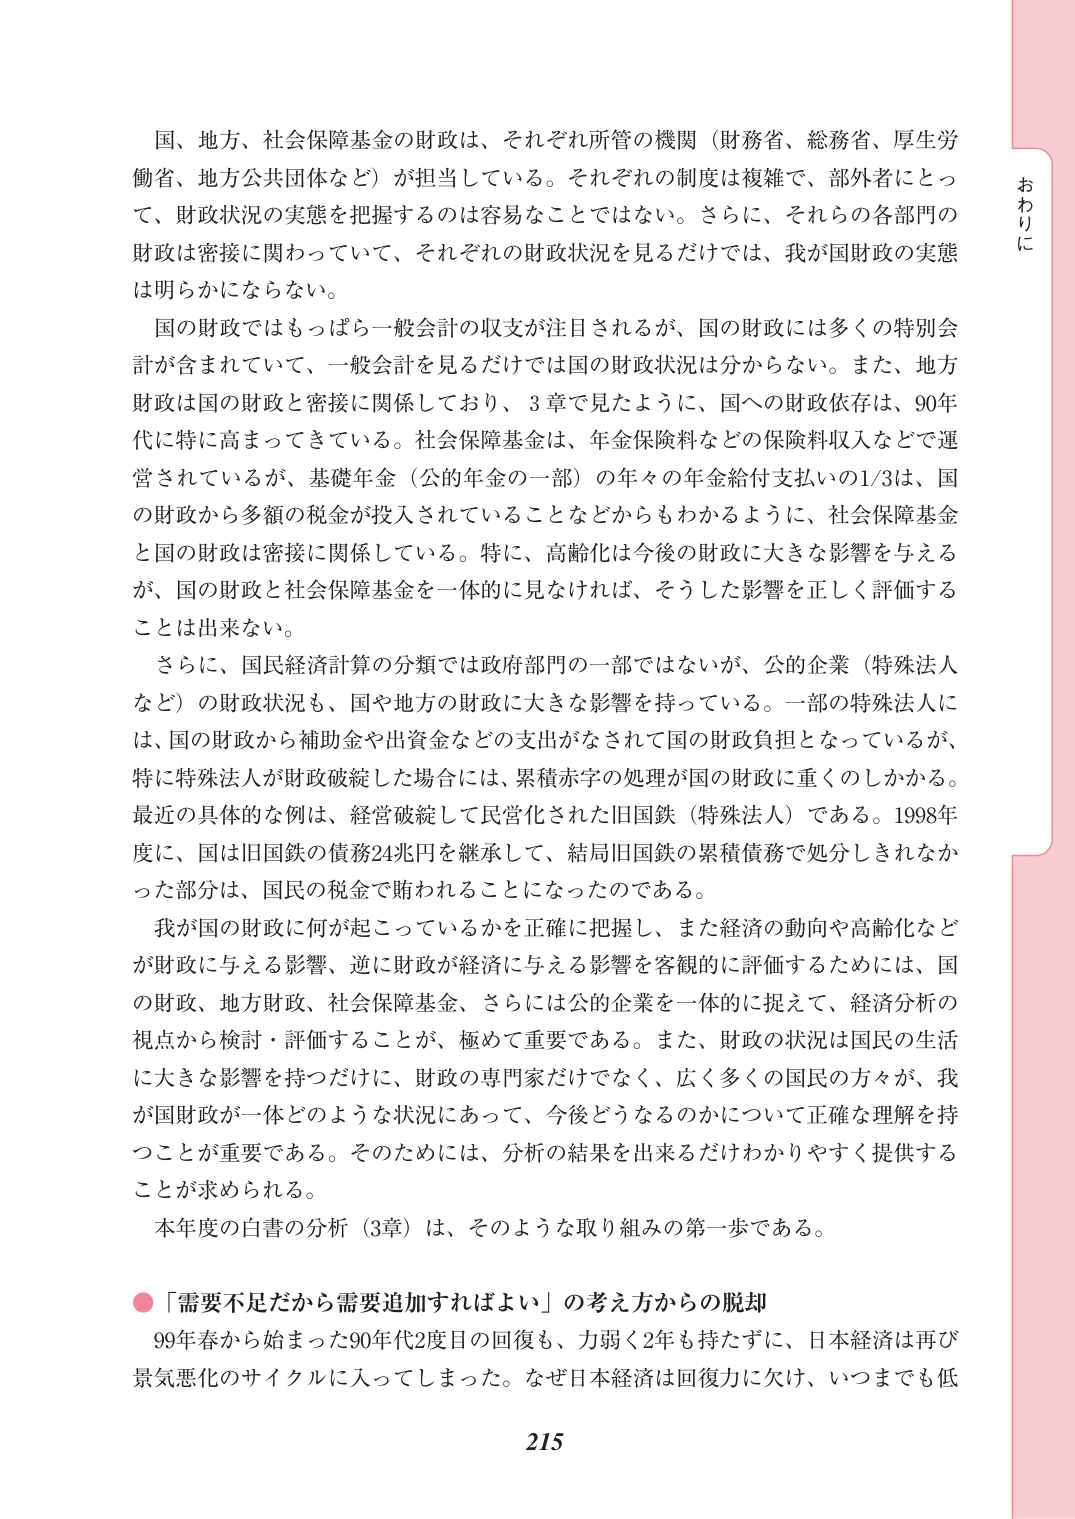
国、地方、社会保障基金の財政は、それぞれ所管の機関（財務省、総務省、厚生労働省、地方公共団体など）が担当している。それぞれの制度は複雑で、部外者にとって、財政状況の実態を把握するのは容易なことではない。さらに、それらの各部門の財政は密接に関わっていて、それぞれの財政状況を見るだけでは、我が国財政の実態は明らかにならない。

国の財政ではもっぱら一般会計の収支が注目されるが、国の財政には多くの特別会計が含まれていて、一般会計を見るだけでは国の財政状況は分からない。また、地方財政は国の財政と密接に関係しており、3章で見たように、国への財政依存は、90年代に特に高まってきている。社会保障基金は、年金保険料などの保険料収入などで運営されているが、基礎年金（公的年金の一部）の年々の年金給付支払の1/3は、国の財政から多額の税金が投入されていることなどからもわかるように、社会保障基金と国の財政は密接に関係している。特に、高齢化は今後の財政に大きな影響を与えるが、国の財政と社会保障基金を一体的に見なければ、そうした影響を正しく評価することは出来ない。

さらに、国民経済計算の分類では政府部門の一部ではないが、公的企業（特殊法人など）の財政状況も、国や地方の財政に大きな影響を持っている。一部の特殊法人には、国の財政から補助金や出資金などの支出がなされて国の財政負担となっているが、特に特殊法人が財政破綻した場合には、累積赤字の処理が国の財政に重くのしかかる。最近の具体的な例は、経営破綻して民営化された旧国鉄（特殊法人）である。1998年度に、国は旧国鉄の債務24兆円を継承して、結局旧国鉄の累積債務で処分しきれなかった部分は、国民の税金で賄われることになったのである。

我が国の財政に何が起こっているかを正確に把握し、また経済の動向や高齢化などが財政に与える影響、逆に財政が経済に与える影響を客観的に評価するためには、国の財政、地方財政、社会保障基金、さらには公的企業を一体的に捉えて、経済分析の視点から検討・評価することが、極めて重要である。また、財政の状況は国民の生活に大きな影響を持つだけに、財政の専門家だけでなく、広く多くの国民の方々が、我が国財政が一体どのような状況にあって、今後どうなるのかについて正確な理解を持つことが重要である。そのためには、分析の結果を出来るだけわかりやすく提供することが求められる。

本年度の白書の分析（3章）は、そのような取り組みの第一歩である。

●「需要不足だから需要追加すればよい」の考え方からの脱却

99年春から始まった90年代2度目の回復も、力弱く2年も持たずに、日本経済は再び景気悪化のサイクルに入ってしまった。なぜ日本経済は回復力に欠け、いつまでも低

215

おわりに